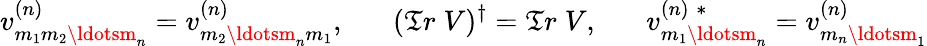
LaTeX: v_{m_{1}m_{2}\ldotsm_{n}}^{(n)}=v_{m_{2}\ldotsm_{n}m_{1}}^{(n)},\; \; \; \; \; \; (\mathfrak{T}r\; V)^{\dagger}=\mathfrak{T}r\; V,\; \; \; \; \; \; v_{m_{1}\ldotsm_{n}}^{(n)\; *}=v_{m_{n}\ldotsm_{1}}^{(n)}